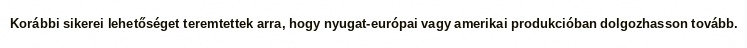
Korábbi sikerei lehetőséget teremtettek arra, hogy nyugat-európai vagy amerikai produkcióban dolgozhasson tovább.